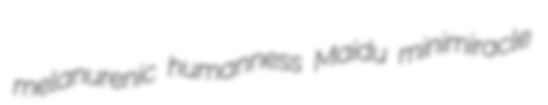
melanurenic humanness Maidu minimiracle